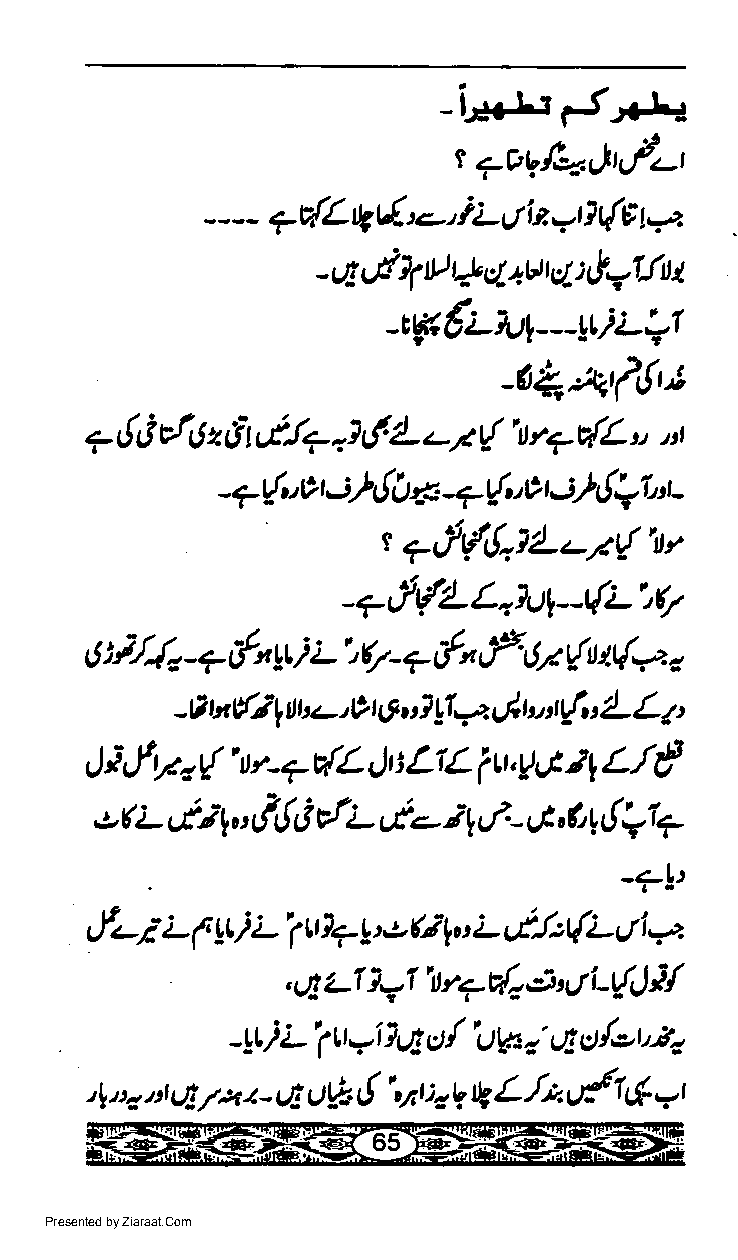
cS-*
 -i.rxJd
 r Tovfaltf-r
 i           pz
 - - - 7 v{L tg tE' -' L ut ia rt 1 (E
 *        lrtl1 I
 - 4 cE 4 ttt ct +u r tl :
 -EW€Ltut---LLIL+I
 -iqiryfilr,!
 (                   i
 + { 8 il5 2 61 61* -} 2- z-s r! \t 17 {L u,
 s){
 *r|.a       * -7r{.c -;fi Jol,t
 -           tt        t
 r #€.,!.tL-r{"tr
 Lz.Yy--t{Li,
 -7Jd.
 t",f
 fi/,{, 7 t!" yt i L q- 7    rlr r{t tr{* t
 A     -
 -A tn {; WtL- r" O | 6i ul yI4 rJ t, t{,' 2- L a'
 L./f
 ii,!yo{'  u*7v{L     LlL
 ltt     itt.y4 s1
 J'L            di-,t-
 e$tp  &t          ;r,,,/-- tt
 6                    Q1+
 "('',,!
 -?!:
 [c/                  (i    f!:(L     +
 L ( lt i L'1 r,t]7 y :,t r,o L ctl
 l-f  r1zf.t'       }{
 z1    \          Lt{J
 , ug              Ll
 L'        /'U4.'
 -tti ' 1 tr -i 1 14 c) et ct /,e t',C.
 L.l*g{t
 \ tt a A s! 7* a - Q otla Lt \/,r :. q V 4 - r
 Presented by Ziaraat.Com